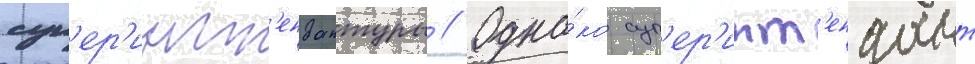
суп'ер'инт'ендантуры // Одна́ко суп'ер'инт'ендант